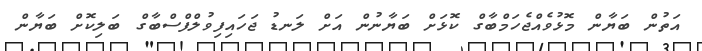
އަތުން ބަޔާން މޮޅުވެއްޖެހަމްބާގް ކޮޅަށް ބަޔާނުން އަށް ލަނޑު ޖަހައިފިވުލްފްސްބާގް ބަލިކޮށް ބަޔާން